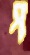
প